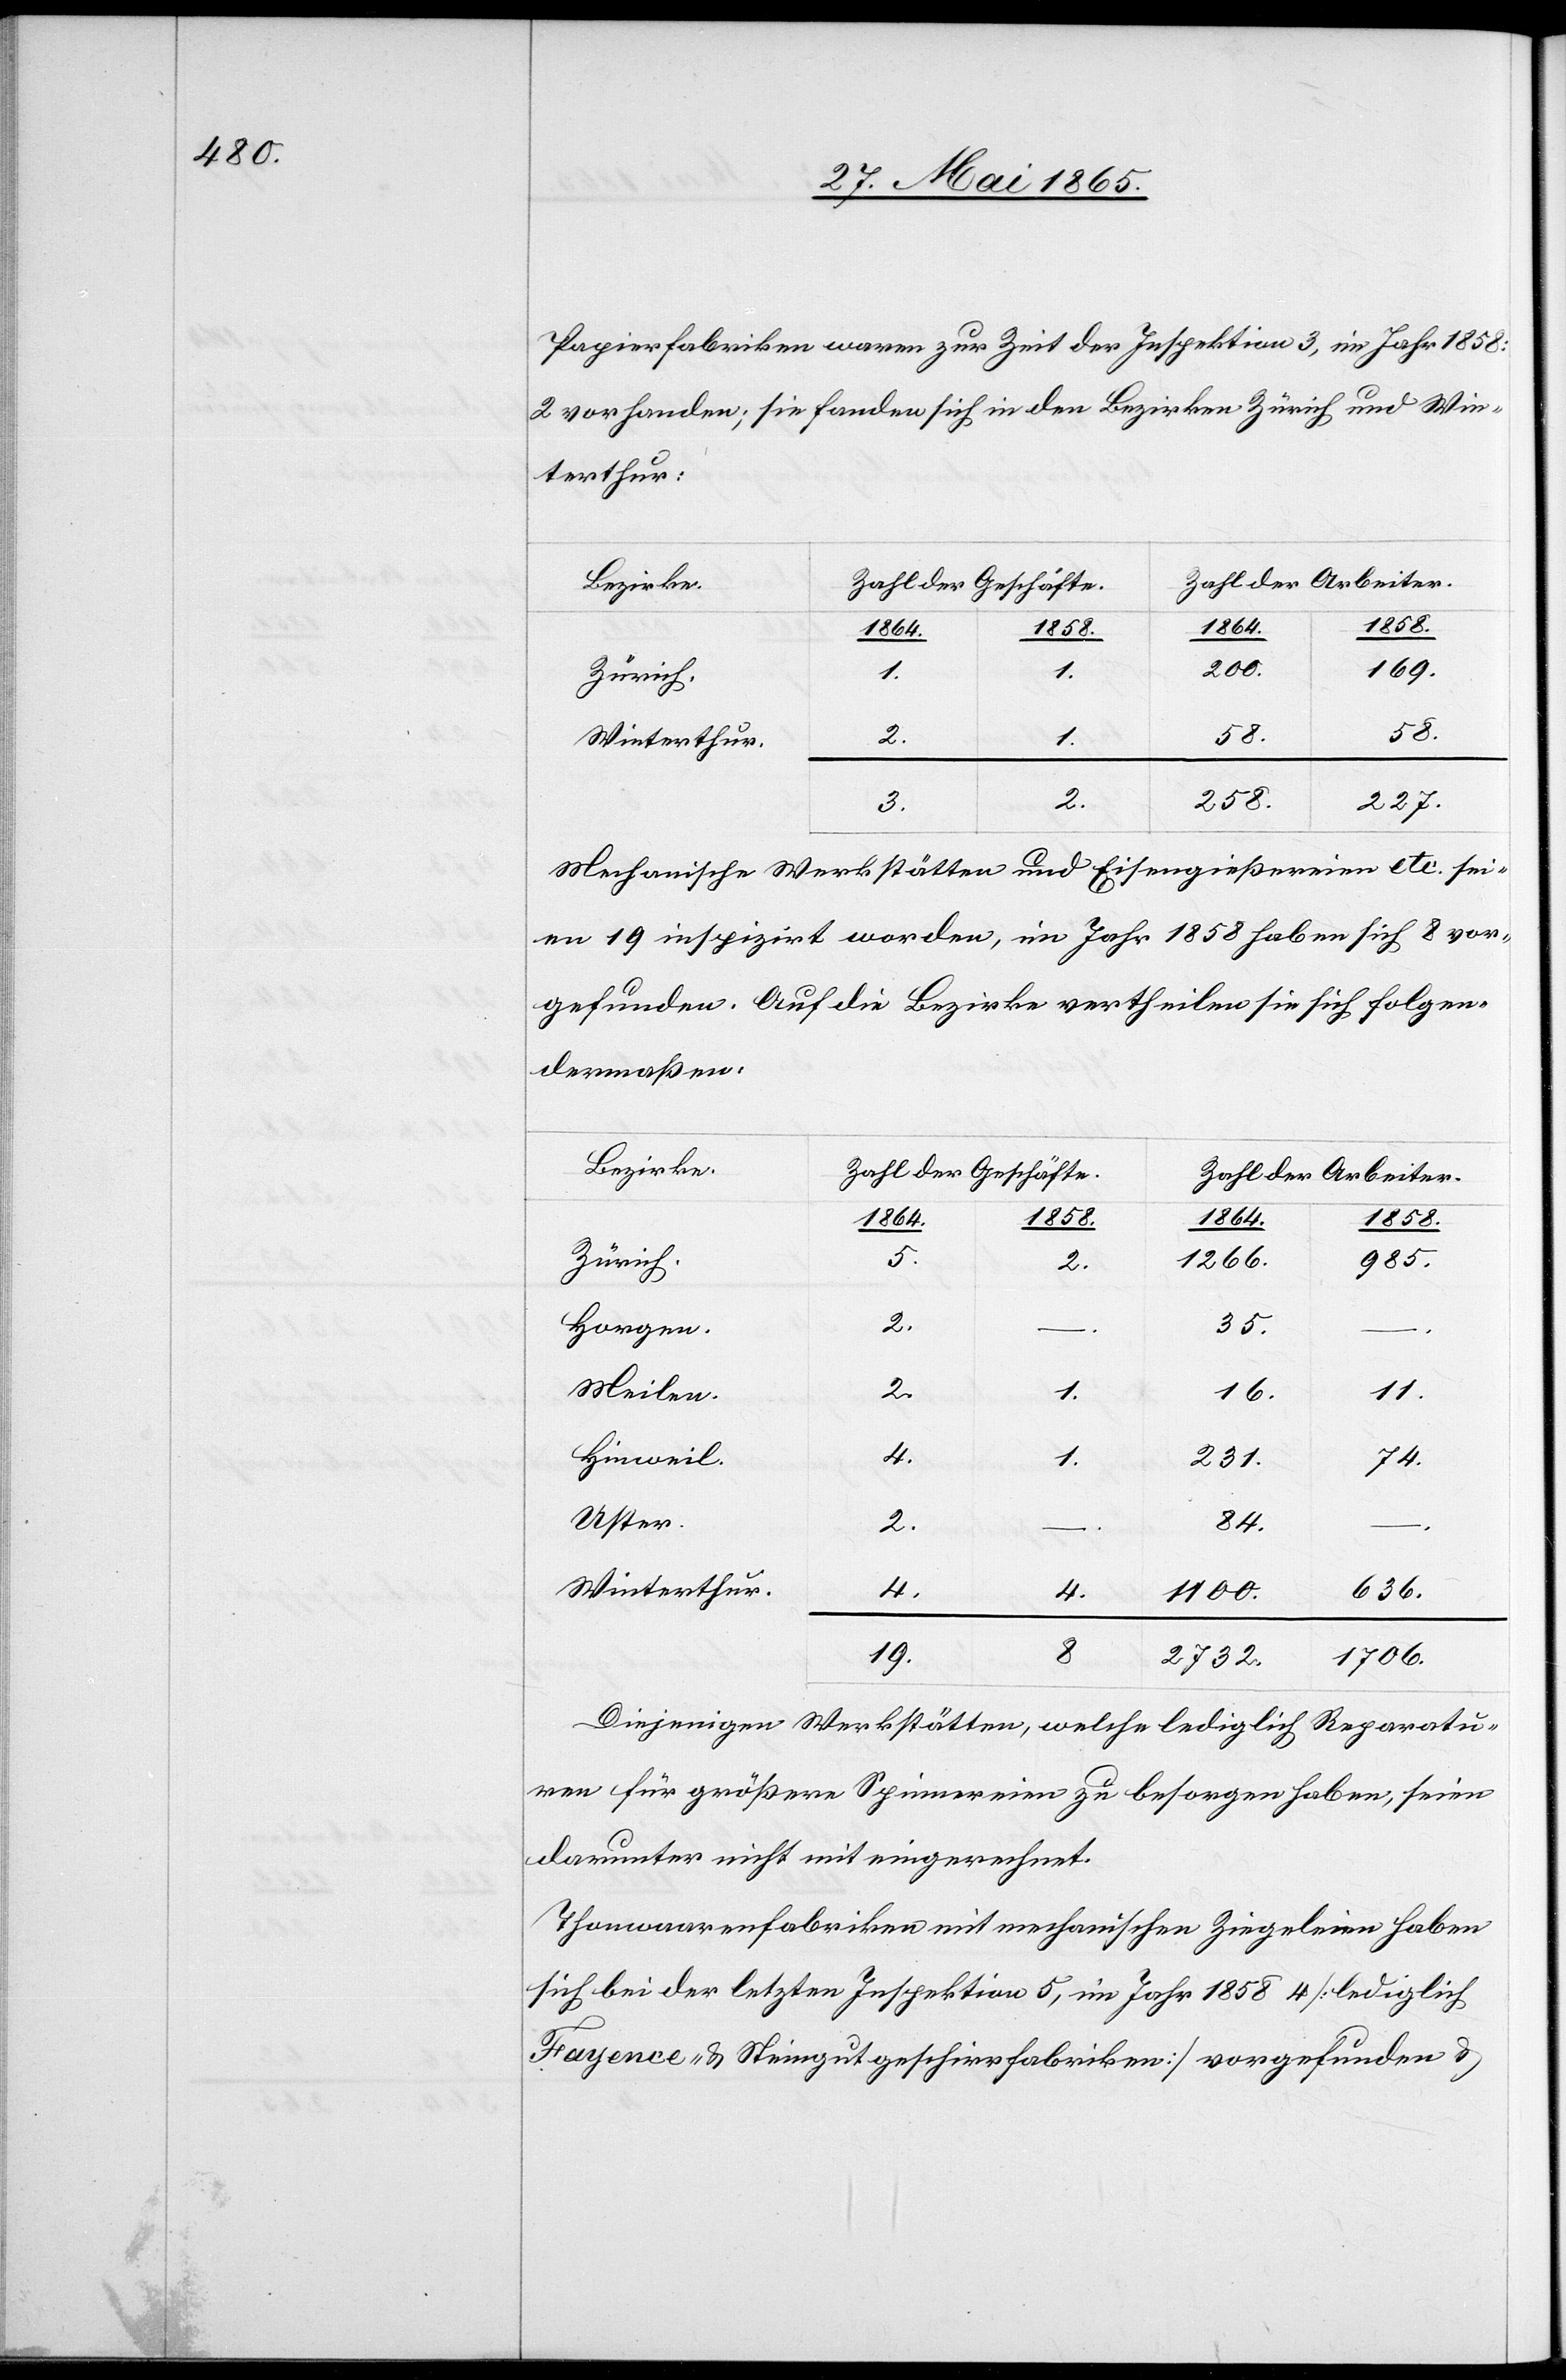
Papierfabriken waren zur Zeit der Inspektion 3, im Jahr 1858:
2 vorhanden; sie fanden sich in den Bezirken Zürich und Win¬
terthur:
1864.
1858.
1864.
169.
200.
58.
2.
1.
Winterthur.
2.
258.
227.
Mechanische Werkstätten und Eisengießereien etc. sei¬
en 19 inspizirt worden, im Jahr 1858 haben sich 8 vor¬
gefunden. Auf die Bezirke vertheilen sie sich folgen¬
dermaßen:
Bezirke.
Zahl der Geschäfte.
Zahl der Arbeiter.
985.
1266.
Zürich.
5.
2.
Horgen.
35.
–
Meilen.
11.
16.
Hinweil.
1.
231.
84.
Uster.
2.
Winterthur.
4.
4.
1100.
636.
19.
1706.
2732.
Diejenigen Werkstätten, welche lediglich Reparatu¬
ren für größere Spinnereien zu besorgen haben, seien
darunter nicht mit eingerechnet.
Thonwaarenfabriken mit mechanischen Ziegeleien haben
sich bei der letzten Inspektion 5, im Jahr 1858 4 [lediglich
Fayence- & Steingutgeschirrfabriken] vorgefunden &